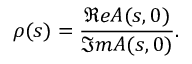
\rho ( s ) = { \frac { \Re e A ( s , 0 ) } { \Im m A ( s , 0 ) } } .